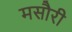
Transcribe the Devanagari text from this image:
मसौरी